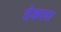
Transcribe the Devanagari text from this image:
तेकला